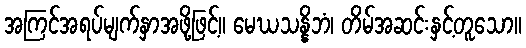
အကြင်အရပ်မျက်နှာအဖို့ဖြင့်။ မေဃသန္နိဘံ၊ တိမ်အဆင်းနှင့်တူသော။